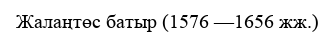
Жалаңтөс батыр (1576 —1656 жж.)